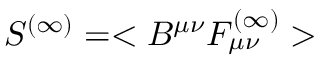
S ^ { ( \infty ) } = < B ^ { \mu \nu } F _ { \mu \nu } ^ { ( \infty ) } >